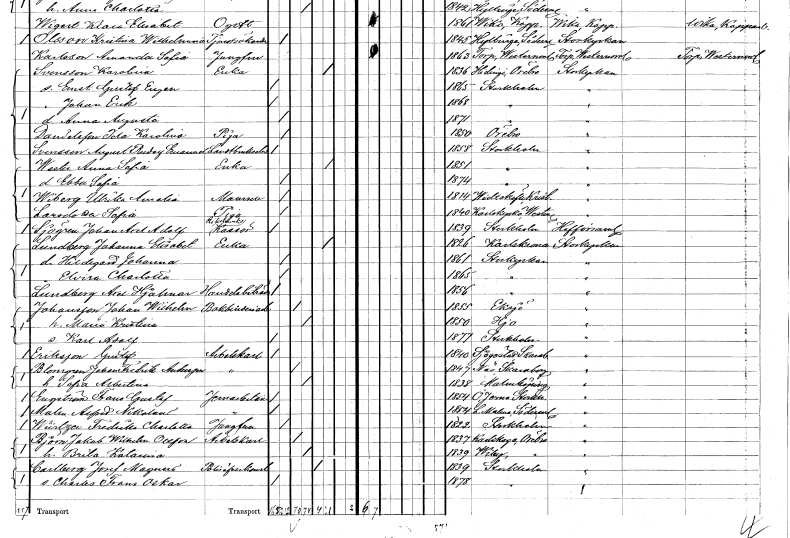
gt_parse: households: individuals: FN: Ida Karolina
EN: Danielsson
YRKE: Piga
KON: K
CIV: O
FODAR: 1850
FODFORS: Örebro Örebro län
FN: August Rudolf Emanuel
EN: Svensson
YRKE: Lantbrukselev
KON: M
CIV: O
FODAR: 1858
FODFORS: Stockholm
FN: Anna Sofia
EN: Wester
YRKE: Änka
KON: K
CIV: E
FODAR: 1851
FODFORS: Stockholm
FN: Ebba Sofia
KON: K
CIV: O
FODAR: 1874
FODFORS: Stockholm
FN: Ulrika Amalia
EN: Wiberg
KON: K
CIV: O
FODAR: 1814
FODFORS: Vittskövle Kristianstads län
FN: Sofia
EN: Larsdotter
YRKE: Piga
KON: K
CIV: O
FODAR: 1840
FODFORS: Karlskyrka Västmanlands län
FN: Johan Axel Adolf
EN: Sjögren
YRKE: Riksbankskassör
KON: M
CIV: O
FODAR: 1839
FODFORS: Stockholm
FN: Johanna Elisabet
EN: Lundberg
YRKE: Änka
KON: K
CIV: E
FODAR: 1826
FODFORS: Karlskrona Blekinge län
FN: Hildegard Johanna
KON: K
CIV: O
FODAR: 1861
FODFORS: Stockholm
FN: Elvira Charlotta
KON: K
CIV: O
FODAR: 1865
FODFORS: Stockholm
FN: Axel Hjalmar
EN: Lundberg
YRKE: Handelsbiträde
KON: M
CIV: O
FODAR: 1856
FODFORS: Stockholm
FN: Johan Wilhelm
EN: Johansson
YRKE: Bokbinderiarbetare
KON: M
CIV: G
FODAR: 1855
FODFORS: Eksjö Jönköpings län
FN: Maria Kristina
KON: K
CIV: G
FODAR: 1850
FODFORS: Hjo Skaraborgs län
FN: Karl Adolf
KON: M
CIV: O
FODAR: 1877
FODFORS: Stockholm
FN: Gustaf
EN: Eriksson
YRKE: Arbetskarl
KON: M
CIV: O
FODAR: 1840
FODFORS: Sjogerstad Skaraborgs län
FN: Johan Fredrik
EN: Blomgren Andersson
YRKE: Arbetskarl
KON: M
CIV: G
FODAR: 1847
FODFORS: Näs Skaraborgs län
FN: Sofia Albertina
KON: K
CIV: G
FODAR: 1838
FODFORS: Malmköping Södermanlands län
FN: Frans Gustaf
EN: Engström
YRKE: Järnarbetare
KON: M
CIV: O
FODAR: 1854
FODFORS: Överjärna Stockholms län
FN: Alfred Nikolaus
EN: Malm
YRKE: Järnarbetare
KON: M
CIV: O
FODAR: 1854
FODFORS: Lilla Malma Södermanlands län
FN: Fredrika Charlotta
EN: Würtzer
YRKE: Jungfru
KON: K
CIV: O
FODAR: 1822
FODFORS: Stockholm
FN: Jakob Wilhelm
EN: Björn Olsson
YRKE: Arbetskarl
KON: M
CIV: G
FODAR: 1837
FODFORS: Karlskoga Örebro län
FN: Brita Katarina
KON: K
CIV: G
FODAR: 1839
FODFORS: Viby Örebro län
FN: Josef Magnus
EN: Carlberg
YRKE: Polisöverkonstapel
KON: M
CIV: E
FODAR: 1839
FODFORS: Stockholm
FN: Charles Frans Oskar
KON: M
CIV: O
FODAR: 1878
FODFORS: Stockholm